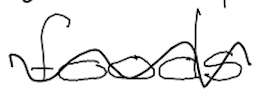
Text: foods
Cross-out: wave
Writing tool: digital_black